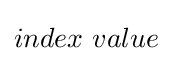
index~value